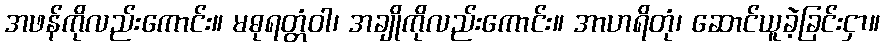
အဖန်ကိုလည်းကောင်း။ မဓုရတ္တံဝါ၊ အချိုကိုလည်းကောင်း။ အာဟရိတုံ၊ ဆောင်ယူခဲ့ခြင်းငှာ။